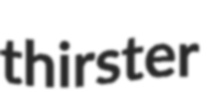
thirster